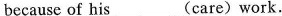
because of his___ (care) work.